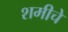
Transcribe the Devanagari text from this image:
शमीचे